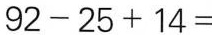
$$92-25+14=$$